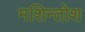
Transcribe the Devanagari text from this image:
मशिन्तोश